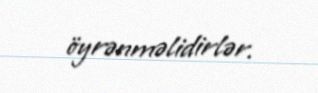
öyrənməlidirlər.